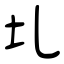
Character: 圠